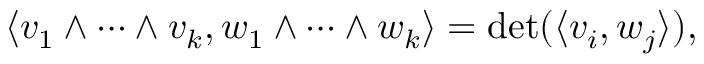
\left\langle v _ { 1 } \wedge \cdots \wedge v _ { k } , w _ { 1 } \wedge \cdots \wedge w _ { k } \right\rangle = \operatorname* { d e t } ( \langle v _ { i } , w _ { j } \rangle ) ,